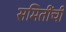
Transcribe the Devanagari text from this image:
समितींची